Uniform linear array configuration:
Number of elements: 32
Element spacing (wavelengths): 0.75
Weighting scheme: cosine
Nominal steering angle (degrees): -60
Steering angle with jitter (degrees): -60.418
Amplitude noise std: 0.05
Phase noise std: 0.05

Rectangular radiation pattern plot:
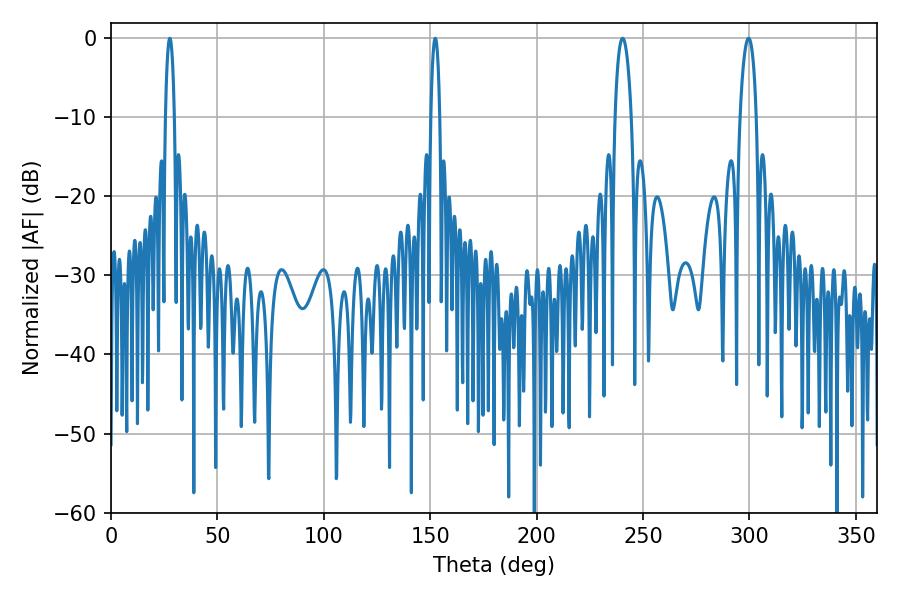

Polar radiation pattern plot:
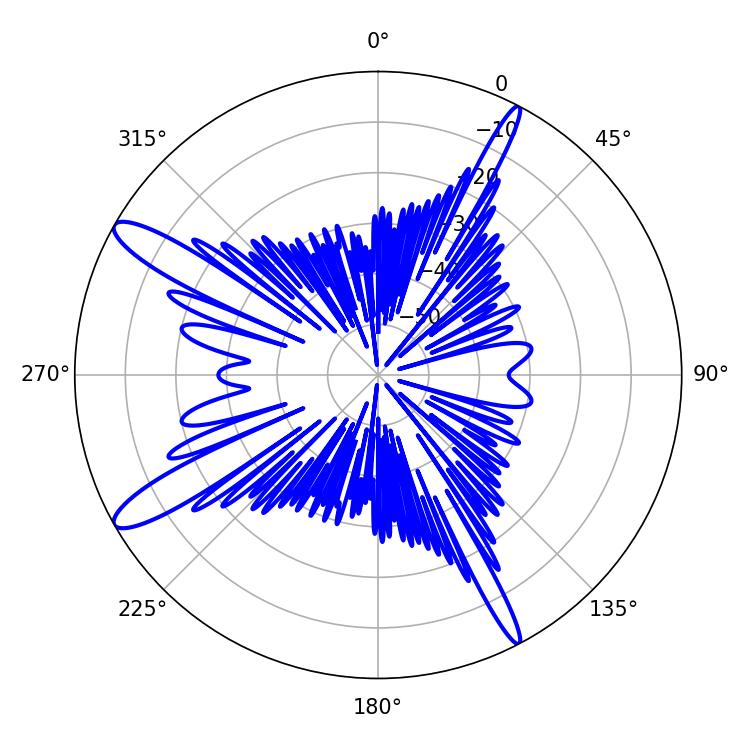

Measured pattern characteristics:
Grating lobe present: TRUE
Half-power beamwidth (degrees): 4.32
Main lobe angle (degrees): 240.48